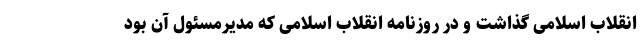
انقلاب اسلامی گذاشت و در روزنامه انقلاب اسلامی که مدیرمسئول آن بود